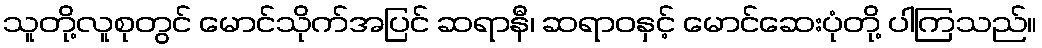
သူတို့လူစုတွင် မောင်သိုက်အပြင် ဆရာနီ၊ ဆရာဝနှင့် မောင်ဆေးပုံတို့ ပါကြသည်။